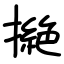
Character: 撧